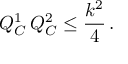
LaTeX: Q _ { C } ^ { 1 } \, Q _ { C } ^ { 2 } \leq { \frac { k ^ { 2 } } { 4 } } \, .